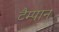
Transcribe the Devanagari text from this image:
टैम्पान